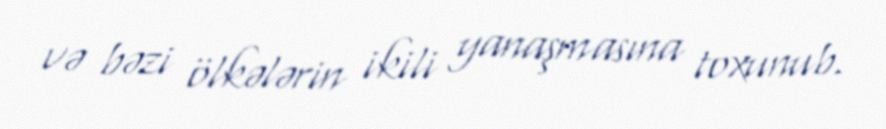
və bəzi ölkələrin ikili yanaşmasına toxunub.